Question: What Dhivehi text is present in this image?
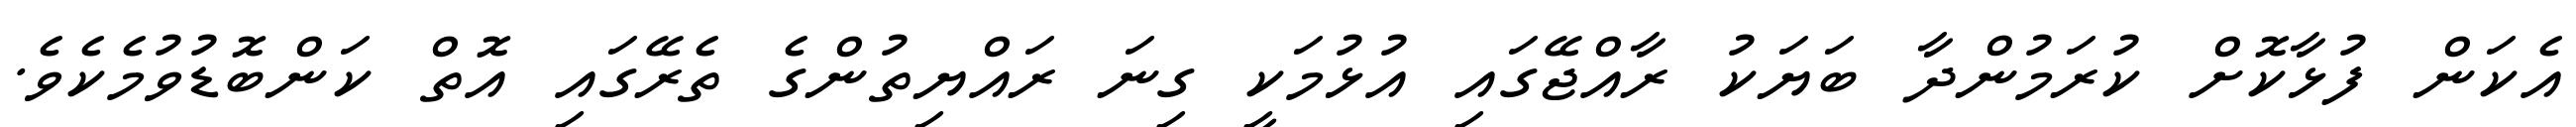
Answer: އެކަން ފުޅާކޮށް ކުރަމުންދާ ބަޔަކު ރާއްޖޭގައި އުޅުމަކީ ގިނަ ރައްޔިތުންގެ ތެރޭގައި އޮތް ކަންބޮޑުވުމެކެވެ.